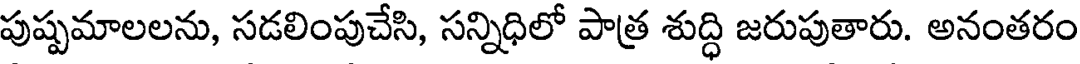
పుష్పమాలలను, సడలింపుచేసి, సన్నిధిలో పాత్ర శుద్ధి జరుపుతారు. అనంతరం